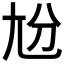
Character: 𡯕